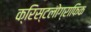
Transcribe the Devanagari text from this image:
क्रिस्टलोग्राफिक